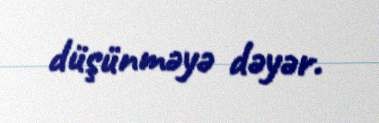
düşünməyə dəyər.